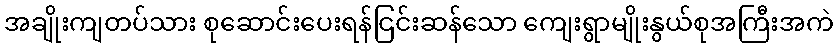
အချိုးကျတပ်သား စုဆောင်းပေးရန်ငြင်းဆန်သော ကျေးရွာမျိုးနွယ်စုအကြီးအကဲ